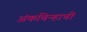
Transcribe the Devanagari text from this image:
अंकचिन्हाची